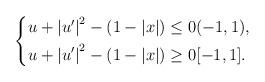
LaTeX: \begin{align*} \left\{\begin{aligned} u+\left|u'\right|^2-\left(1-|x|\right) & \leq 0 (-1, 1), \\ u+\left|u'\right|^2-\left(1-|x|\right) & \geq 0 [-1, 1]. \end{aligned} \right.\end{align*}